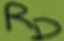
Text: RD